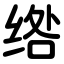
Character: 绺